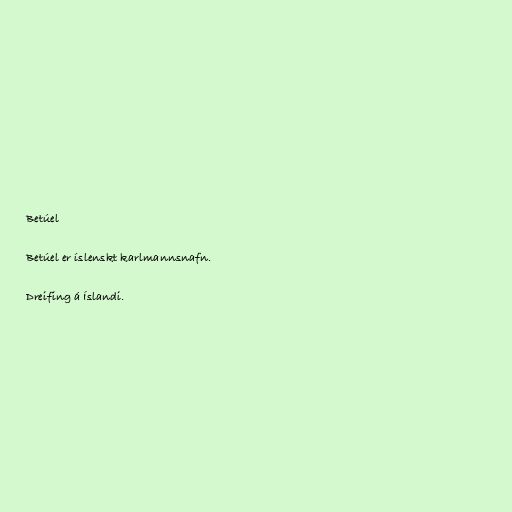
Betúel

Betúel er íslenskt karlmannsnafn.

Dreifing á Íslandi.